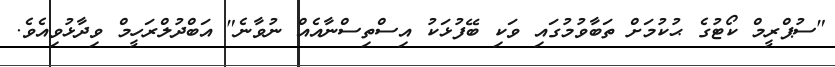
"ސުޕްރީމް ކޯޓުގެ ޙުކުމަށް ތަބާވުމުގައި ވަކި ބޭފުޅަކު އިސްތިސްނާއެއް ނުވާނެ" އަބްދުލްރަހީމް ވިދާޅުވިއެވެ.